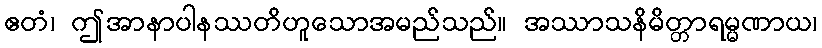
ဧတံ၊ ဤအာနာပါနဿတိဟူသောအမည်သည်။ အဿာသနိမိတ္တာရမ္မဏာယ၊